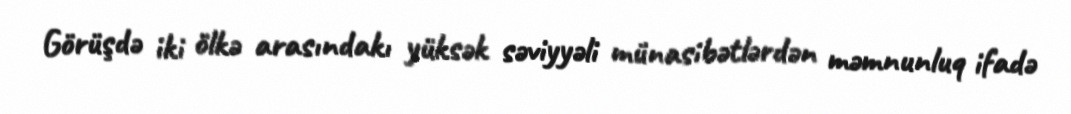
Görüşdə iki ölkə arasındakı yüksək səviyyəli münasibətlərdən məmnunluq ifadə